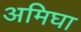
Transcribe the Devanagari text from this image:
अमिघा